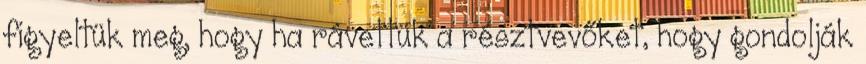
figyeltük meg, hogy ha rávettük a résztvevőket, hogy gondolják